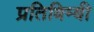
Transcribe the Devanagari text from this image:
प्रतिबिम्बी